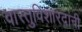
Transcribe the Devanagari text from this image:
वास्तुविशारदांनी